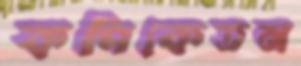
কপিকেতন